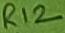
Text: R12